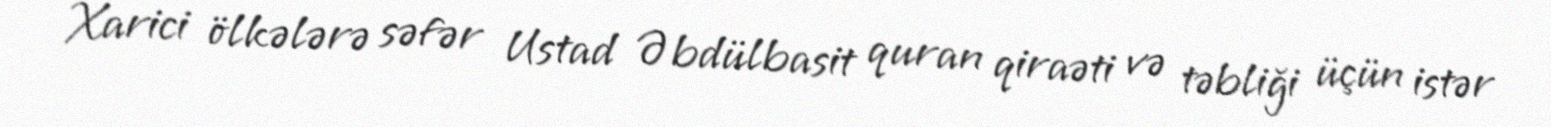
Xarici ölkələrə səfər Ustad Əbdülbasit quran qiraəti və təbliği üçün istər